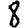
Digit: 8